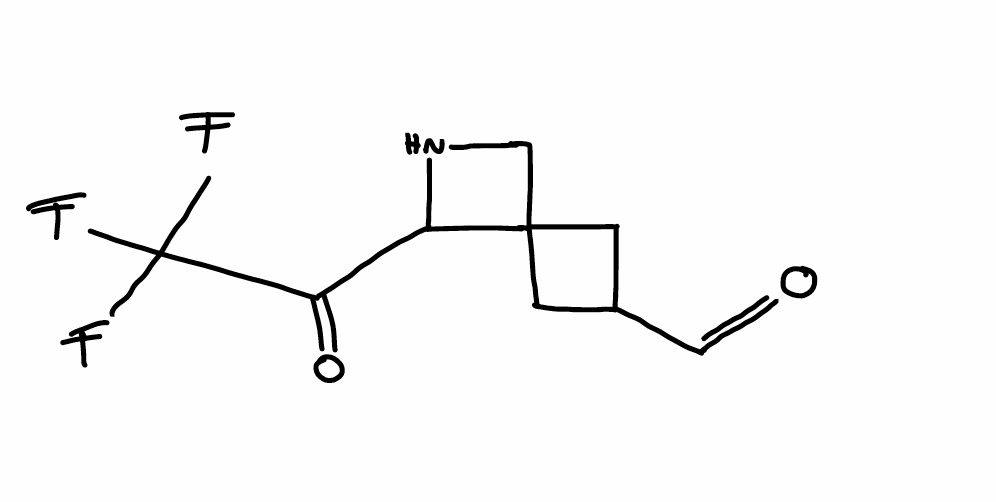
Simplified molecular-input line-entry system (SMILES) notation of the given molecule:
C1C(CC12CNC2C(=O)C(F)(F)F)C=O